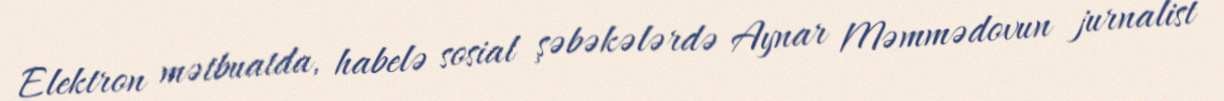
Elektron mətbuatda, habelə sosial şəbəkələrdə Aynar Məmmədovun jurnalist